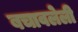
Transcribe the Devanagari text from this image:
बचावलेली